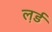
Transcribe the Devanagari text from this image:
ल़र्ड